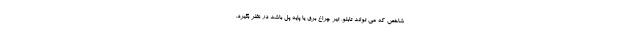
شاخص که می تواند تابلو، تیر چراغ برق یا پایه پل باشد در نظر بگیرد.